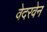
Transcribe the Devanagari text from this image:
वेदरवेन